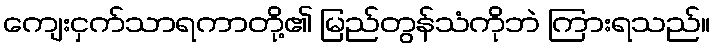
ကျေးငှက်သာရကာတို့၏ မြည်တွန်သံကိုဘဲ ကြားရသည်။